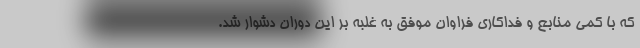
که با کمی منابع و فداکاری فراوان موفق به غلبه بر این دوران دشوار شد.